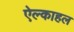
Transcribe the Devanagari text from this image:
ऐल्काहल